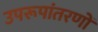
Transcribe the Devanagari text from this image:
उपरूपांतरणों